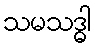
သမသဒ္ဓါ